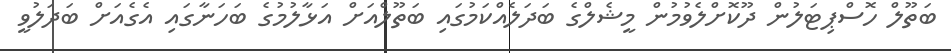
ބަތޫލް ހޮސްޕިޓަލުން ދޫކޮށްލެވުމުން މީޝެލްގެ ބަދަލެއްކަމުގައި ބަތޫލްއަށް އަޅާލުމުގެ ބަހަނާގައި އެގެއަށް ބަދަލުވީ